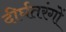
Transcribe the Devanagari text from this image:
दीर्घतरंगों